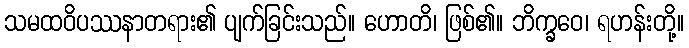
သမထဝိပဿနာတရား၏ ပျက်ခြင်းသည်။ ဟောတိ၊ ဖြစ်၏။ ဘိက္ခဝေ၊ ရဟန်းတို့။